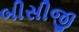
બીસીજી